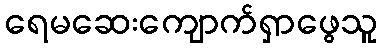
ရေမဆေးကျောက်ရှာဖွေသူ